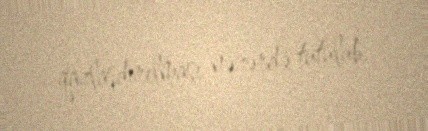
qazlaşdırılması nəzərdə tutulub.